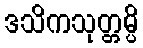
ဒသိကသုတ္တမ္ပိ